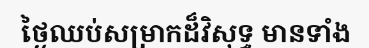
ថ្ងៃឈប់សម្រាកដ៏វិសុទ្ធ មានទាំង